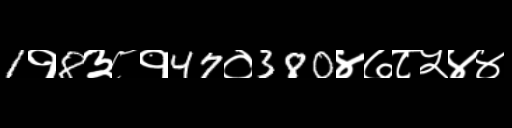
Text: 1१8३८१47०380४७८५४४